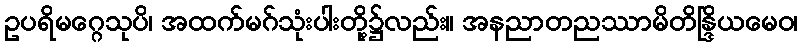
ဥပရိမဂ္ဂေသုပိ၊ အထက်မဂ်သုံးပါးတို့၌လည်း။ အနညာတညဿာမိတိန္ဒြိယမေဝ၊